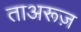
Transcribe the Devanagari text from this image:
ताअरूज़